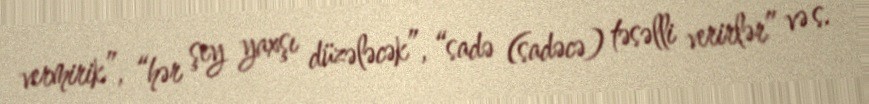
vermirik”, “hər şey yaxşı düzələcək”, “sadə (sadəcə) təsəlli verirlər” və s.